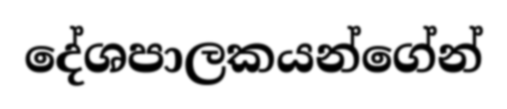
දේශපාලකයන්ගේන්